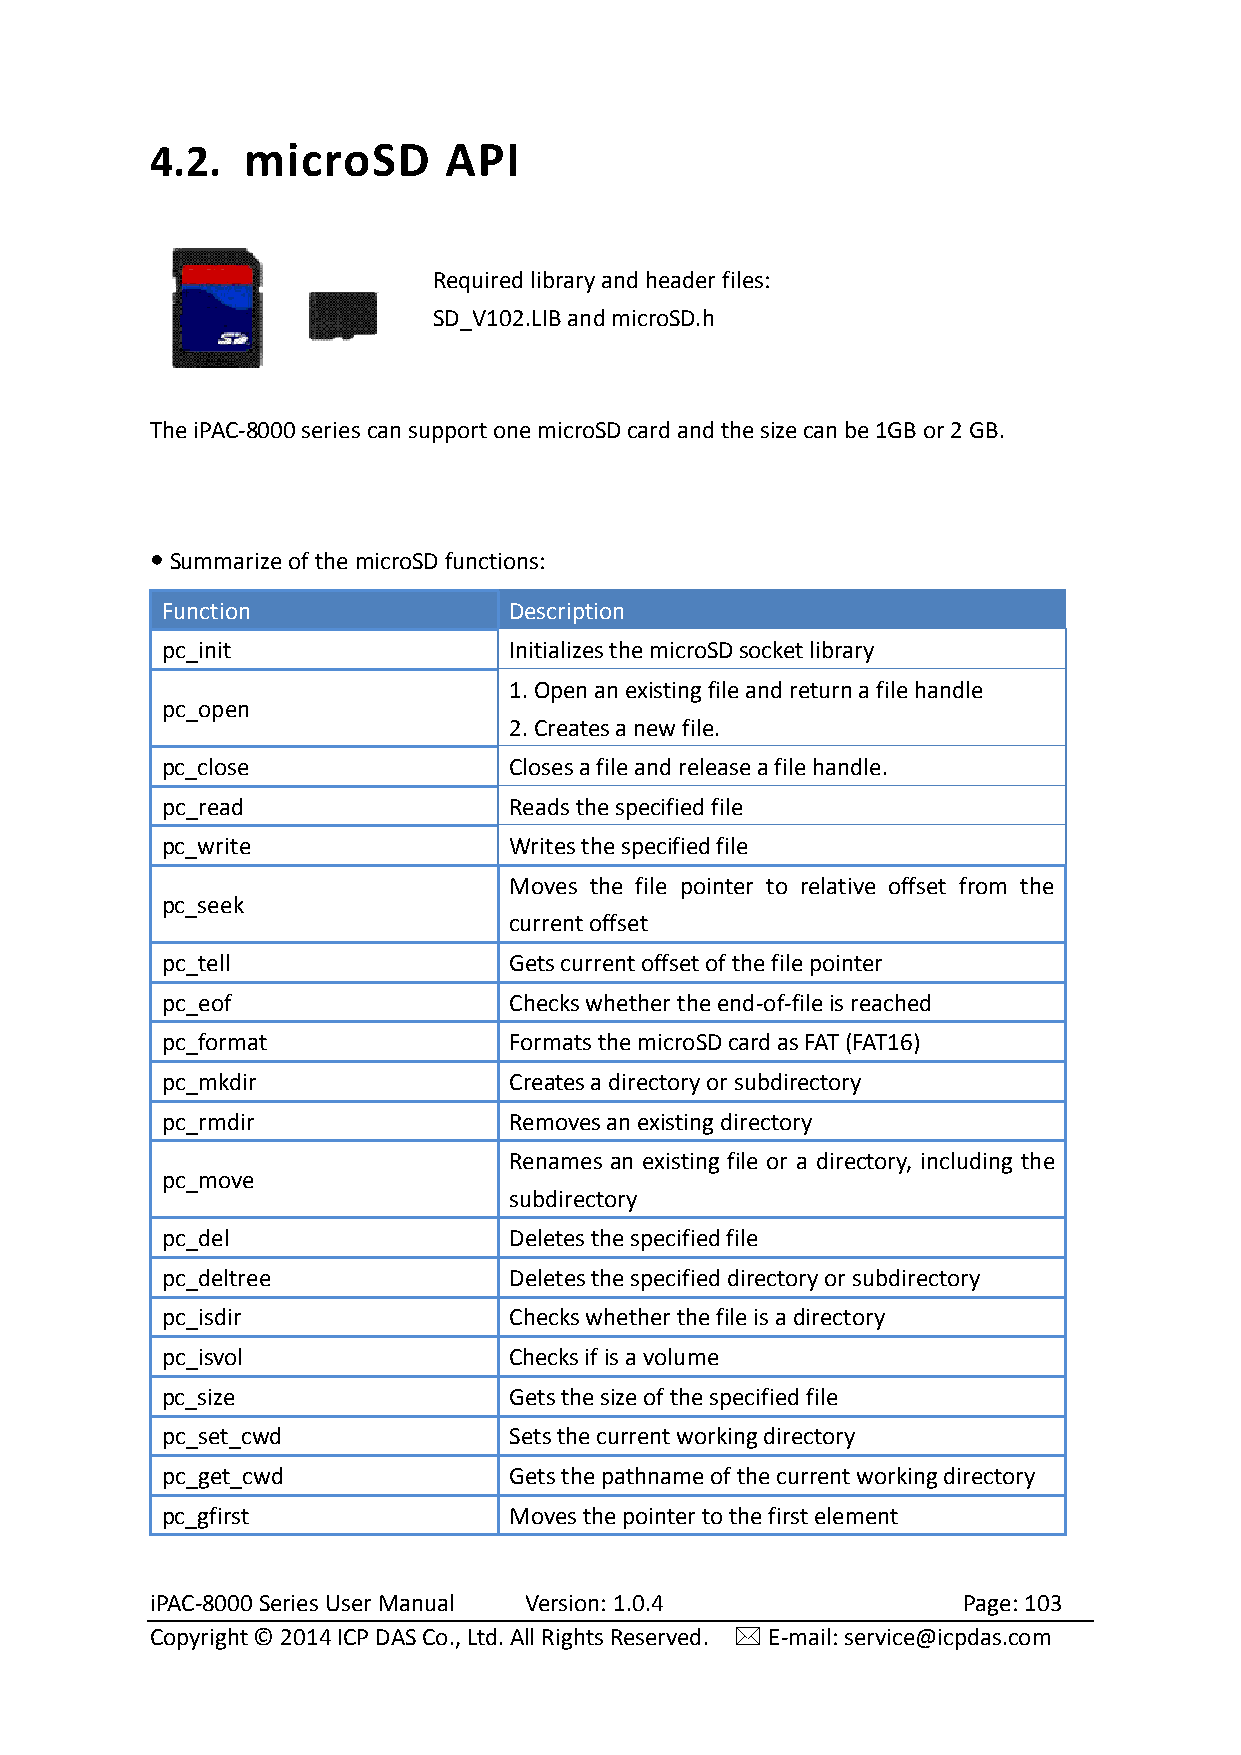
4.2.  microSD      API
 Required library and header files:
 SD_V102.LIB and microSD.h
 The iPAC-8000 series can support one microSD card and the size can be 1GB or 2 GB.
  Summarize of the microSD functions:
 Function               Description
 pc_init                Initializes the microSD socket library
 1. Open an existing file and return a file handle
 pc_open
 2. Creates a new file.
 pc_close               Closes a file and release a file handle.
 pc_read                Reads the specified file
 pc_write               Writes the specified file
 Moves the file pointer to relative offset from the
 pc_seek
 current offset
 pc_tell                Gets current offset of the file pointer
 pc_eof                 Checks whether the end-of-file is reached
 pc_format              Formats the microSD card as FAT (FAT16)
 pc_mkdir               Creates a directory or subdirectory
 pc_rmdir               Removes an existing directory
 Renames an existing file or a directory, including the
 pc_move
 subdirectory
 pc_del                 Deletes the specified file
 pc_deltree             Deletes the specified directory or subdirectory
 pc_isdir               Checks whether the file is a directory
 pc_isvol               Checks if is a volume
 pc_size                Gets the size of the specified file
 pc_set_cwd             Sets the current working directory
 pc_get_cwd             Gets the pathname of the current working directory
 pc_gfirst              Moves the pointer to the first element
 iPAC-8000 Series User Manual Version: 1.0.4           Page: 103
 Copyright © 2014 ICP DAS Co., Ltd. All Rights Reserved.  E-mail: service@icpdas.com